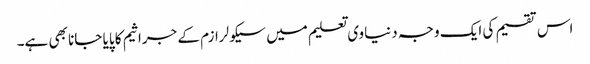
اس تقسیم کی ایک وجہ دنیاوی تعلیم میں سیکولرازم کے جراثیم کا پایا جانا بھی ہے۔